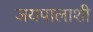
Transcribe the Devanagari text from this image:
जयपालाशी